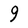
Character: 9